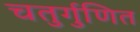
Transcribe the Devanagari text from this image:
चतुर्गुणित